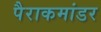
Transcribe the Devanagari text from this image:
पैराकमांडर